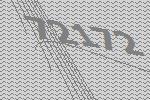
72172